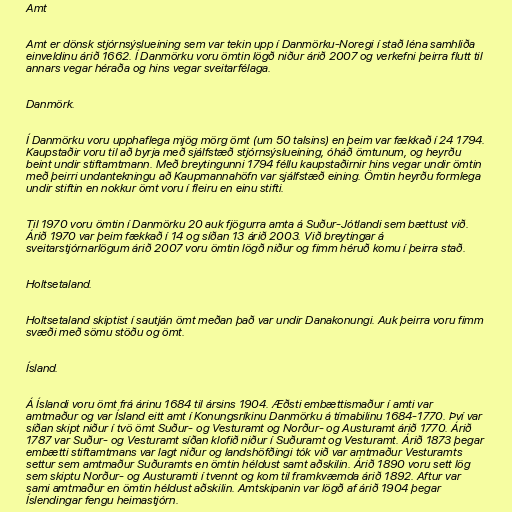
Amt

Amt er dönsk stjórnsýslueining sem var tekin upp í Danmörku-Noregi í stað léna samhliða
einveldinu árið 1662. Í Danmörku voru ömtin lögð niður árið 2007 og verkefni þeirra flutt til
annars vegar héraða og hins vegar sveitarfélaga.

Danmörk.

Í Danmörku voru upphaflega mjög mörg ömt (um 50 talsins) en þeim var fækkað í 24 1794.
Kaupstaðir voru til að byrja með sjálfstæð stjórnsýslueining, óháð ömtunum, og heyrðu
beint undir stiftamtmann. Með breytingunni 1794 féllu kaupstaðirnir hins vegar undir ömtin
með þeirri undantekningu að Kaupmannahöfn var sjálfstæð eining. Ömtin heyrðu formlega
undir stiftin en nokkur ömt voru í fleiru en einu stifti.

Til 1970 voru ömtin í Danmörku 20 auk fjögurra amta á Suður-Jótlandi sem bættust við.
Árið 1970 var þeim fækkað í 14 og síðan 13 árið 2003. Við breytingar á
sveitarstjórnarlögum árið 2007 voru ömtin lögð niður og fimm héruð komu í þeirra stað.

Holtsetaland.

Holtsetaland skiptist í sautján ömt meðan það var undir Danakonungi. Auk þeirra voru fimm
svæði með sömu stöðu og ömt.

Ísland.

Á Íslandi voru ömt frá árinu 1684 til ársins 1904. Æðsti embættismaður í amti var
amtmaður og var Ísland eitt amt í Konungsríkinu Danmörku á tímabilinu 1684-1770. Því var
síðan skipt niður í tvö ömt Suður- og Vesturamt og Norður- og Austuramt árið 1770. Árið
1787 var Suður- og Vesturamt síðan klofið niður í Suðuramt og Vesturamt. Árið 1873 þegar
embætti stiftamtmans var lagt niður og landshöfðingi tók við var amtmaður Vesturamts
settur sem amtmaður Suðuramts en ömtin héldust samt aðskilin. Árið 1890 voru sett lög
sem skiptu Norður- og Austuramti í tvennt og kom til framkvæmda árið 1892. Aftur var
sami amtmaður en ömtin héldust aðskilin. Amtskipanin var lögð af árið 1904 þegar
Íslendingar fengu heimastjórn.